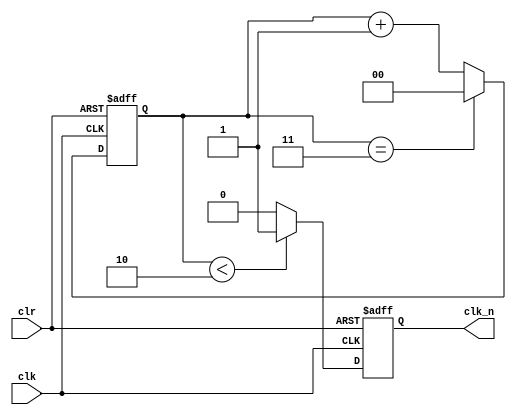
`timescale 1ns / 1ps
//////////////////////////////////////////////////////////////////////////////////
// Company: 
// Engineer: 
// 
// Design Name: 
// Module Name: clockdiv
// Project Name: 
// Target Devices: 
// Tool Versions: 
// Description: 
// 
// Dependencies: 
// 
// Revision:
// Revision 0.01 - File Created
// Additional Comments:
// 
//////////////////////////////////////////////////////////////////////////////////


module clockdiv(
input clk,
input clr,
output reg clk_n
);

reg [1:0] count;
always @(posedge clk or posedge clr)
    begin 
        if (clr)
            count <= 0;
         else if (count == 3)
            count <=0;
         else 
            count <= count +1;
          end
always @(posedge clk or posedge clr)
    begin 
        if (clr)
            clk_n <= 0;
         else if(count<2)
            clk_n <= 1;
         else 
            clk_n <= 0;
         end
endmodule